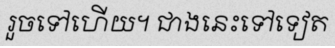
រួចទៅហើយ។ ជាងនេះទៅទៀត